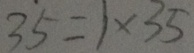
3 5 = 1 \times 3 5